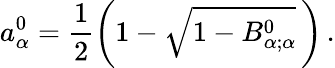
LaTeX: a_{\alpha}^{0}=\frac{1}{2}\left(1-\sqrt{1-B_{\alpha;\alpha}^{0}}\, \right)\, .